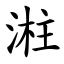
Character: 㴤